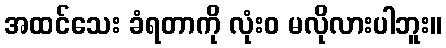
အထင်သေး ခံရတာကို လုံးဝ မလိုလားပါဘူး။